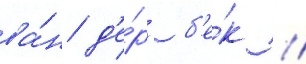
ва́н д'е́р б'е́к //